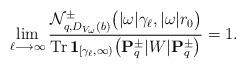
LaTeX: \begin{align*}\lim_{\ell \longrightarrow \infty} \frac{\mathcal{N}_{q,D_{V_\omega}(b)}^\pm \big( \vert \omega \vert \gamma_\ell,\vert \omega \vert r_0 \big)}{\textup{Tr} \,\textbf{\textup{1}}_{[\gamma_{\ell},\infty)} \big( {\bf P}_q^\pm \vert W \vert {\bf P}_q^\pm \big)} = 1. \end{align*}